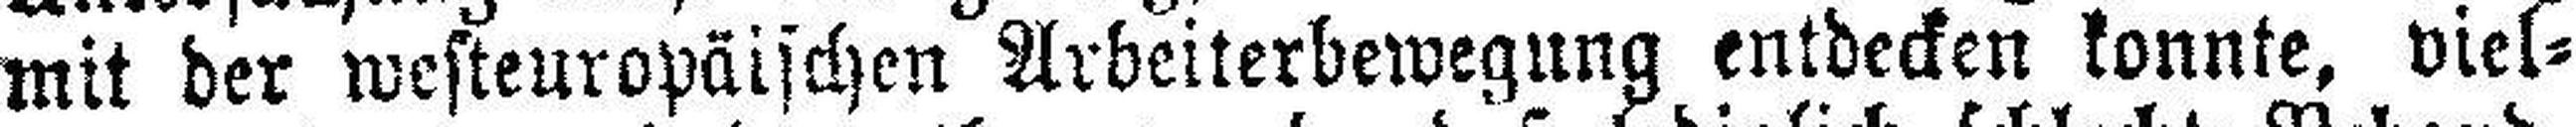
mit der westeuropäischen Arbeiterbewegung entdecken konnte, viel¬